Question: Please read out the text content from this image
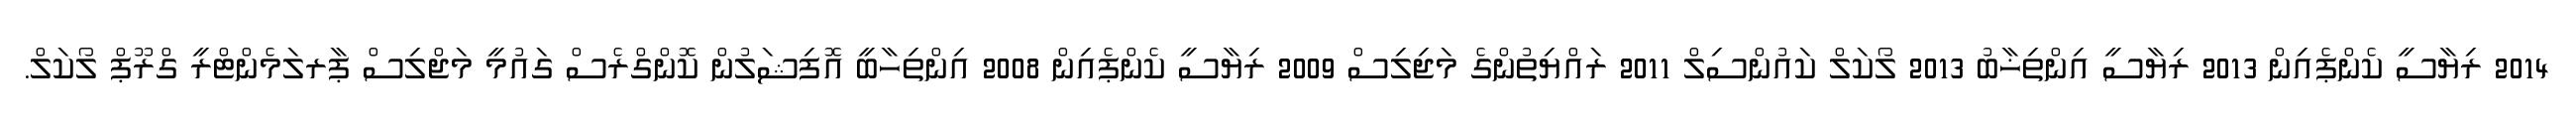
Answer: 2014 ރިޔާސީ ކެންޕެއިން 2013 ރިޔާސީ އިންތިޚާބު 2013 ލޯކަލް ކައުންސިލް 2011 ރައްޔިތުންގެ މަޖިލިސް 2009 ރިޔާސީ ކެންޕެއިން 2008 އިންތިހާބީ އޮފިޝަލުން ކޮންގްރެސް ގައުމީ މަޖްލިސް ޕާރލަމެންޓްރީ ގްރޫޕް ލޯކަލް.